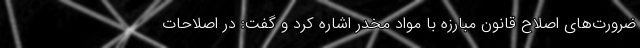
ضرورت‌های اصلاح قانون مبارزه با مواد مخدر اشاره کرد و گفت: در اصلاحات